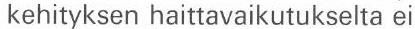
kehityksen haittavaikutukselta ei